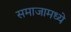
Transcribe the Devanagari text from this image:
समाजामध्‍ये